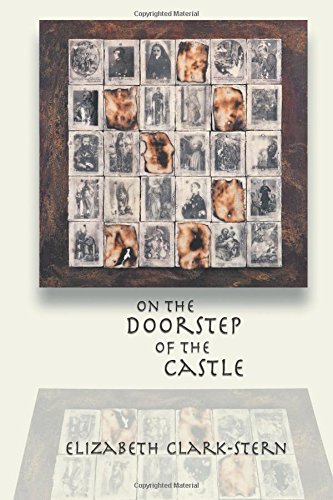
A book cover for On the Doorstep of the Castle: A Play of Teresa of Avila and Alma de Leon; Elizabeth Clark-Stern; Literature & Fiction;